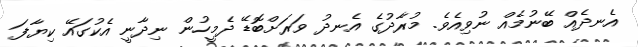
އެނދެއް ބޭނުމެއް ނުވިއެވެ. މުރާދުގެ އެނދު ވަރަށްބޮޑޭ ދެމީހުން ނިދާނީ އެކުގައޭ ކިޔާފަ